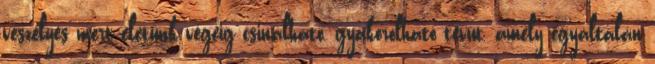
veszélyes mert életünk végéig csinálható, gyakorolható tévút, amely egyáltalán